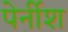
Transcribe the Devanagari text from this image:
पेर्नीश